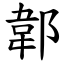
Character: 郼